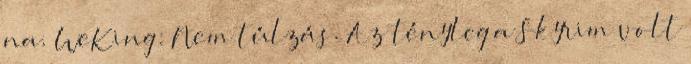
na. WeKing: Nem túlzás. Az tényleg a Skyrim volt